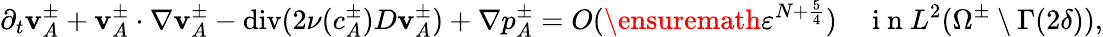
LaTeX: \partial_{t}\mathbf{v}_{A}^{\pm}+\mathbf{v}_{A}^{\pm}\cdot\nabla\mathbf{v}_{A}^{\pm}-\operatorname{div}(2\nu(c_{A}^{\pm})D\mathbf{v}_{A}^{\pm})+\nabla p_{A}^{\pm}=O(\ensuremath{\varepsilon}^{N+\frac 54})\quad\mathrm{~i~n~}L^{2}(\Omega^{\pm}\setminus\Gamma(2\delta)),